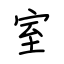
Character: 室